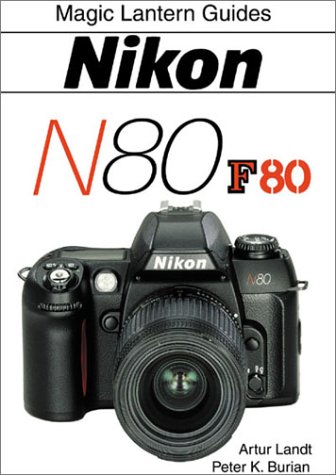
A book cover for Nikon N80/F80; Artur Landt; Engineering & Transportation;